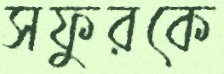
সফুরকে